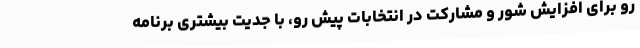
رو برای افزایش شور و مشارکت در انتخابات پیش رو، با جدیت بیشتری برنامه